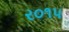
ર૦૧પ